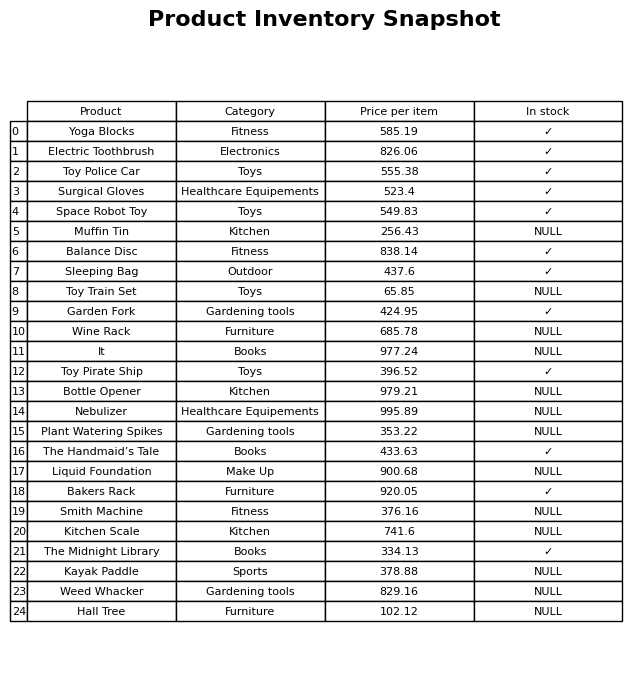
question: What is the price for Garden Fork?
answer: The price of Garden Fork is 424.95.